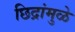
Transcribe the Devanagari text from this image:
छिद्रांमुळे